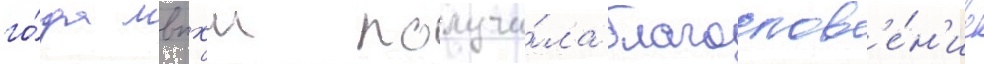
го́да мвпхш получи́ла благослов'е́н'ие